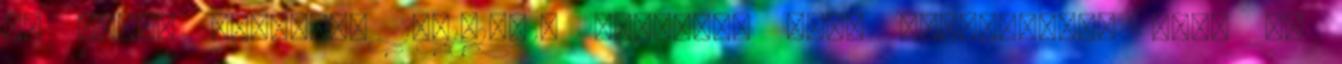
6. sarok lakóház. 1941-1942. Budapest XIV. Kerékgyártó utca 4.